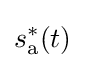
s_{\mathrm {a} }^{*}(t)